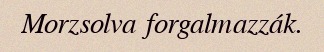
Morzsolva forgalmazzák.